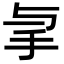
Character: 𢪓